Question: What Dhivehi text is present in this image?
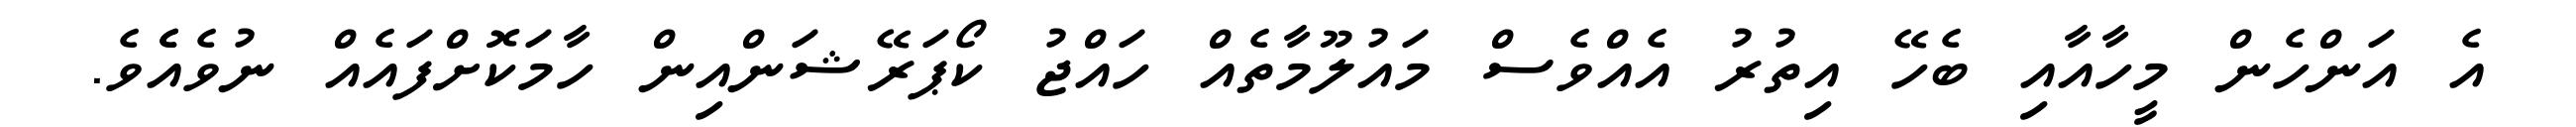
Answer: އެ އަންހެން މީހާއާއި ބެހޭ އިތުރު އެއްވެސް މައުލޫމާތެއް ހައްޖު ކޯޕަރޭޝަންއިން ހާމަކޮށްފައެއް ނުވެއެެވެ.